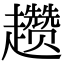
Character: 趱